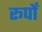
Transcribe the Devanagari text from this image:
रूर्पों